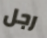
رجل